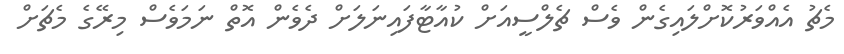
މެޗު އެއްވަރުކޮށްލައިގެން ވެސް ޗެލްސީއަށް ކުއާޓާފައިނަލަށް ދެވެން އޮތް ނަމަވެސް މިރޭގެ މެޗަށް